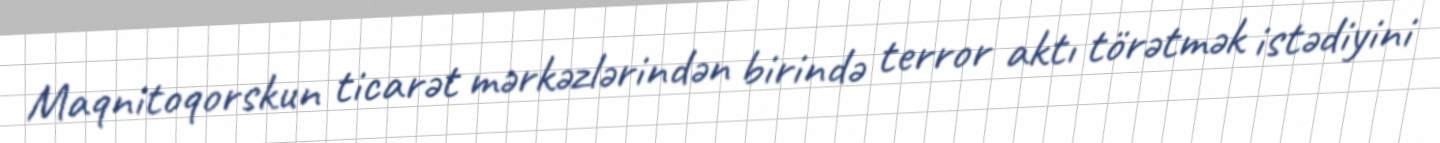
Maqnitoqorskun ticarət mərkəzlərindən birində terror aktı törətmək istədiyini